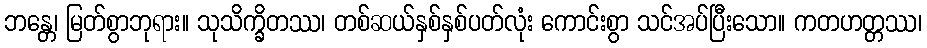
ဘန္တေ၊ မြတ်စွာဘုရား။ သုသိက္ခိတဿ၊ တစ်ဆယ်နှစ်နှစ်ပတ်လုံး ကောင်းစွာ သင်အပ်ပြီးသော။ ကတဟတ္တဿ၊